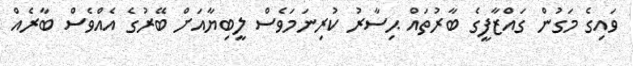
ވައިގެ މަގުން ގަައްޒާފީގެ ބާރުތައް ޙިސާރު ކުރިނަމަވެސް ލީބިޔާއަށް ބޭރުގެ އެއްވެސް ބާރެއް